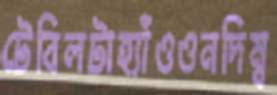
টেবিলটাহ্যাঁওওনদিম্ব